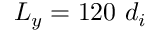
L _ { y } = 1 2 0 \ d _ { i }